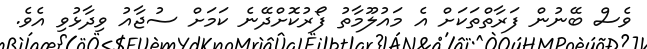
ވެސް ބޭނުން ފަރާތްތަކަށް އެ މައުލޫމާތު ފޯރުކޮށްދޭނެ ކަމަށް ސުޖާއު ވިދާޅުވި އެވެ.